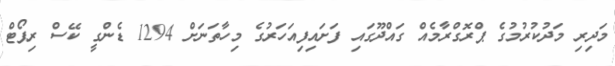
މަދިިރި މަދުކުުރުމުގެ ޕްރޮގްރާމެއް ގައްދޫގައި ފަށައިފިއަހަރުގެ މިހާތަނަށް 1294 ޑެންގީ ކޭސް ރިޕޯޓް